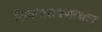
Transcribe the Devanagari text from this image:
शिवनारायणलाल